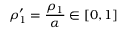
\rho _ { 1 } ^ { \prime } = \frac { \rho _ { 1 } } { \alpha } \in [ 0 , 1 ]